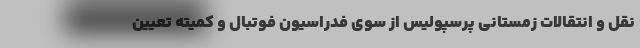
نقل و انتقالات زمستانی پرسپولیس از سوی فدراسیون فوتبال و کمیته تعیین